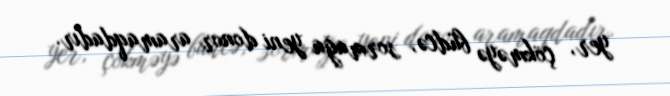
yer, çökməyə büdcə, sormağa yeni donor aramaqdadır.